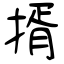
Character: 揟